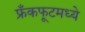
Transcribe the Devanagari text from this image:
फ्रँकफूटमध्ये